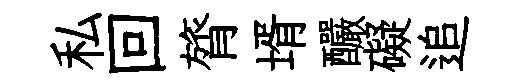
私回膂壻釅礙追